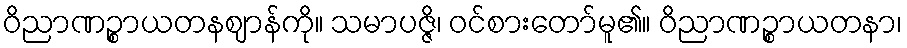
ဝိညာဏဉ္စာယတနဈာန်ကို။ သမာပဇ္ဇိ၊ ဝင်စားတော်မူ၏။ ဝိညာဏဉ္စာယတနာ၊